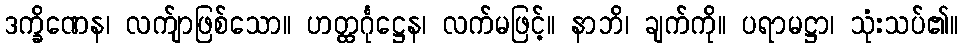
ဒက္ခိဏေန၊ လက်ျာဖြစ်သော။ ဟတ္ထင်္ဂုဋ္ဌေန၊ လက်မဖြင့်။ နာဘိ၊ ချက်ကို။ ပရာမဋ္ဌာ၊ သုံးသပ်၏။